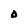
Character: D